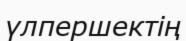
үлпершектің